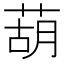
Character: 葫